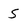
Character: 5